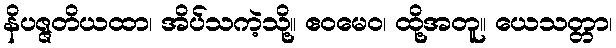
နိပဇ္ဇတိယထာ၊ အိပ်သကဲ့သို့။ ဧဝမေဝ၊ ထို့အတူ။ ယေသတ္တာ၊